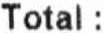
TOTAL :